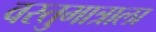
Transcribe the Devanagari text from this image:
वस्तुमात्राला